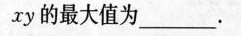
x y的最大值为_______。